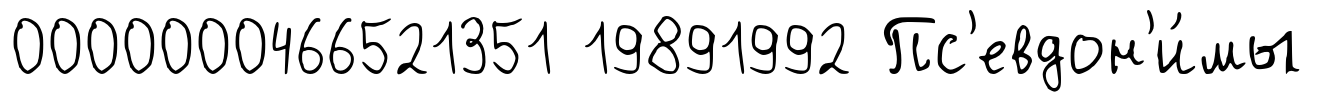
0000000466521351 19891992 Пс'евдон'и́мы